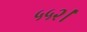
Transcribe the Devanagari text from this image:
५५२।